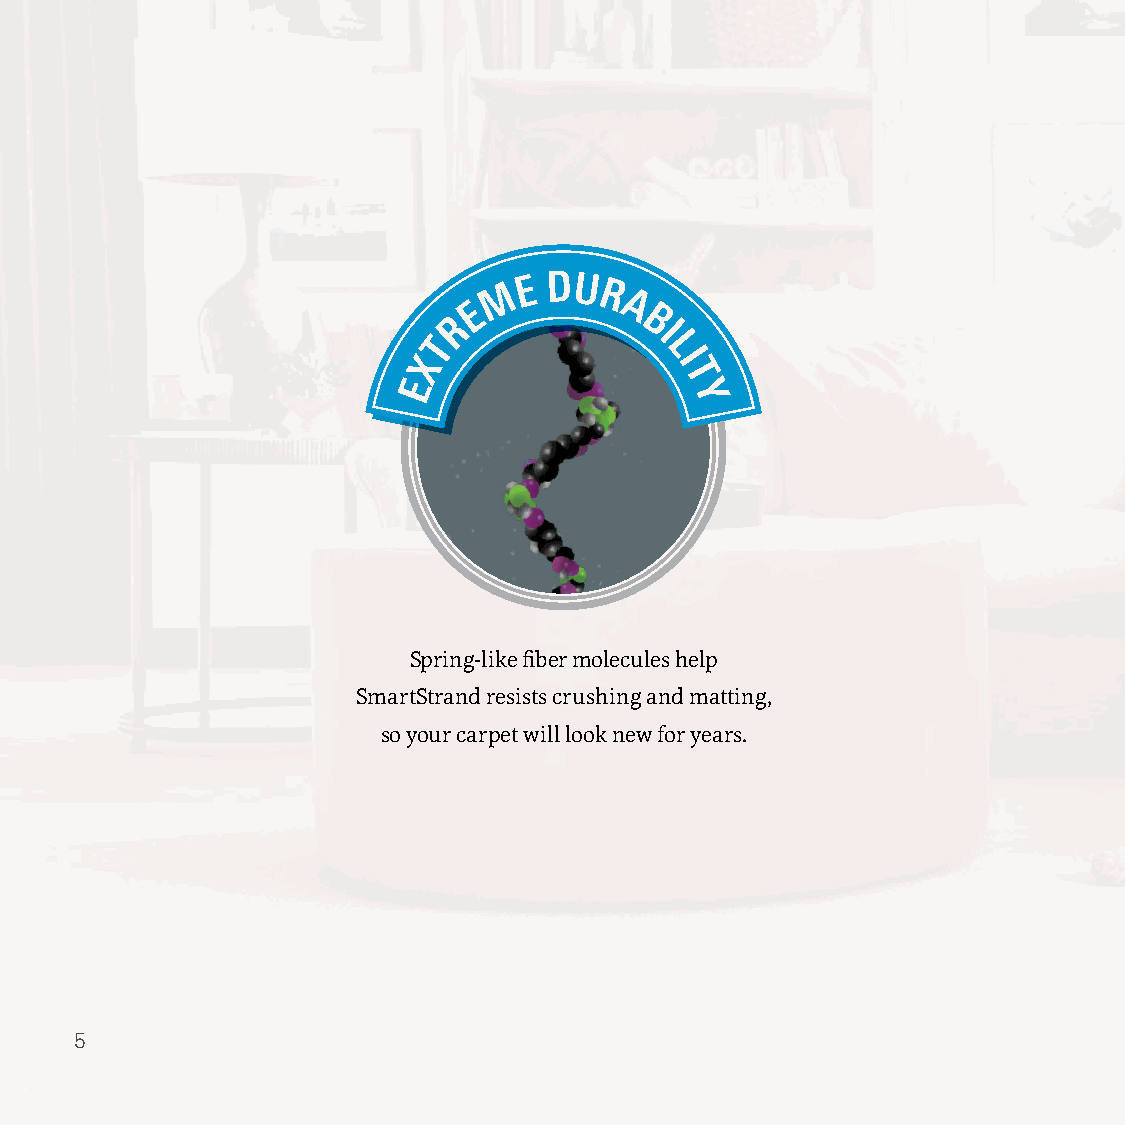
M
 E
 V EE R D DUURR
 ER        AA
 RO          BB
 TF             IL
 LE
 X                I
 E                 T
 Y
 LASTING
 BEAUTY
 Spring-like fiber molecules help
 SmartStrand resists crushing and matting,
 so your carpet will look new for years.
 55